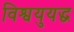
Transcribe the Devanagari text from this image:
विश्वयुयद्ध